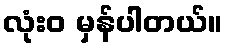
လုံးဝ မှန်ပါတယ်။